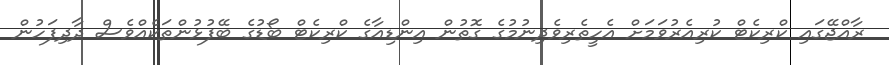
ރާއްޖޭގައި ކްރިކެޓް ކުރިއެރުވަމަށް އެހީތެރިވެދިނުމުގެ ގޮތުން އިންޑިއާގެ ކްރިކެޓް ބޯޑުގެ ބޭފުޅުންތަކެއްވެސް ދާދިފަހުން